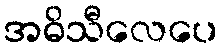
အဓိသီလေပေ